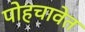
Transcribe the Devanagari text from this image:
पोहचावेत